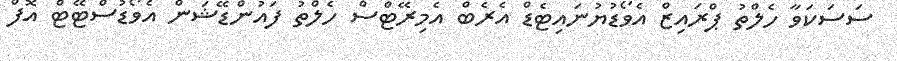
ސަސަކަވާ ހެލްތު ޕްރައިޒް އެވޯޑުޔުނައިޓެޑް އެރެބް އެމިރޭޓްސް ހެލްތު ފައުންޑޭޝަން އެވޯޑުސްޓޭޓް އޮފް